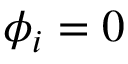
\phi _ { i } = 0